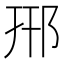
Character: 郉